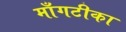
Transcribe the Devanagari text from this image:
माँगटीका